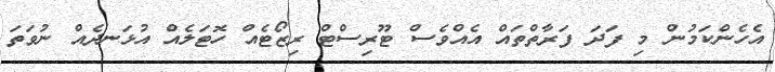
އެހެންކަމުން މި ފަދަ ފަރާތްތައް އެއްވެސް ޓޫރިސްޓް ރިޒޯޓެއް ހޮޓަލެއް އުޅަނދެއް ނުވަތަ